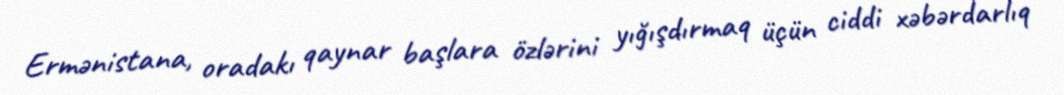
Ermənistana, oradakı qaynar başlara özlərini yığışdırmaq üçün ciddi xəbərdarlıq